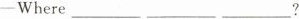
-Where ___ ___ ___?